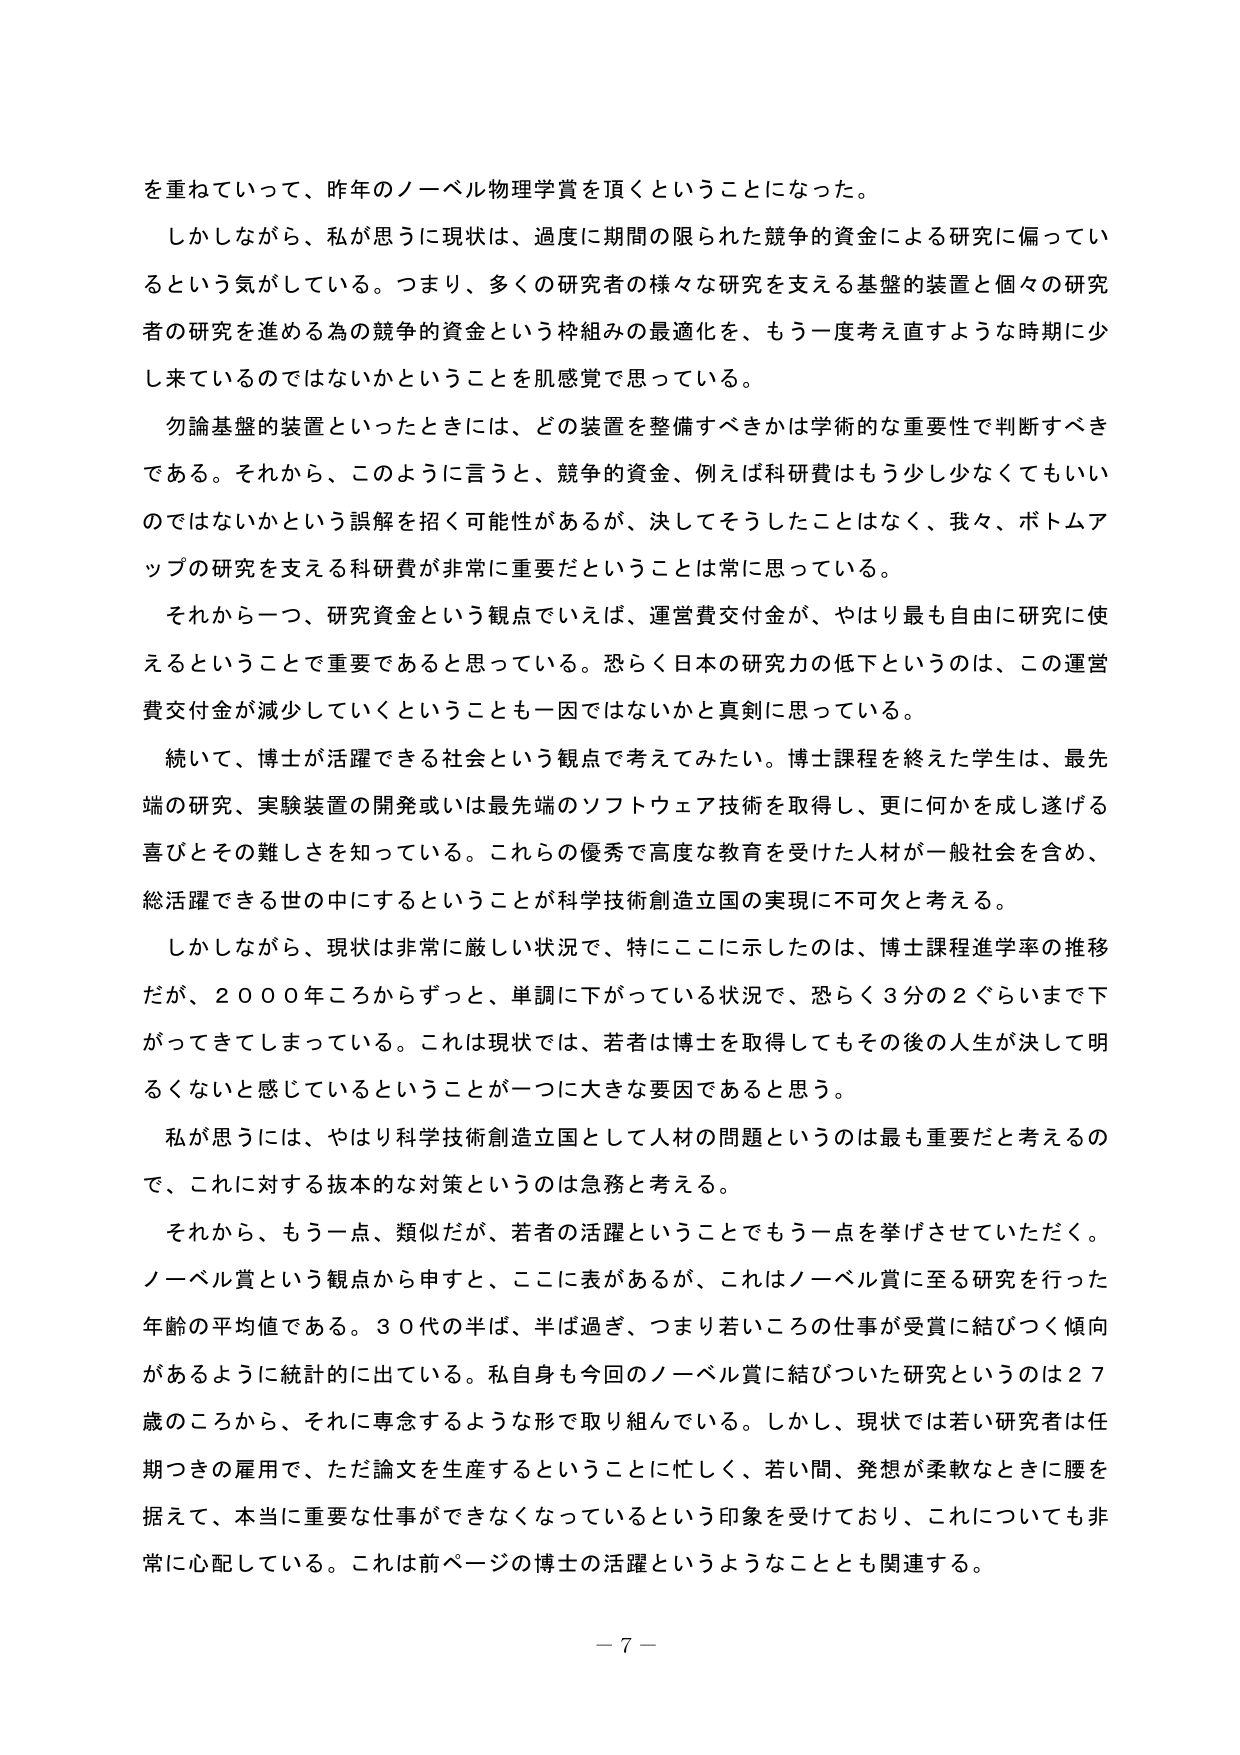
を重ねていって、昨年のノーベル物理学賞を頂くということになった。

しかしながら、私が思うに現状は、過度に期間の限られた競争的資金による研究に偏っているという気がしている。つまり、多くの研究者の様々な研究を支える基盤的装置と個々の研究者の研究を進める為の競争的資金という枠組みの最適化を、もう一度考え直すような時期に少しだけ来ているのではないかということを肌感覚で思っている。

勿論基盤的装置といったときには、どの装置を整備すべきかは学術的な重要性で判断すべきである。それから、このように言うと、競争的資金、例えば科研費はもう少し少なくてよいのではないかという誤解を招く可能性があるが、決してそうしたことはなく、我々、ボトムアップの研究を支える科研費が非常に重要だということは常に思っている。

それから一つ、研究資金という観点でいえば、運営費交付金が、やはり最も自由に研究に使えるということで重要であると思っている。恐らく日本の研究力の低下というのは、この運営費交付金が減少していくということも一因ではないかと真剣に思っている。

続いて、博士が活躍できる社会という観点で考えてみたい。博士課程を終えた学生は、最先端の研究、実験装置の開発或いは最先端のソフトウェア技術を取得し、更に何かを成し遂げる喜びとその難しさを知っている。これらの優秀で高度な教育を受けた人材が一般社会を含め、総活躍できる世の中にするということが科学技術創造立国の実現に不可欠と考える。

しかしながら、現状は非常に厳しい状況で、特にここに示したのは、博士課程進学率の推移だが、２０００年ころからずっと、単調に下がっている状況で、恐らく３分の２ぐらいまで下がってきてしまっている。これは現状では、若者は博士を取得してもその後の人生が決して明るくないと感じているということが一つに大きな要因であると思う。

私が思うには、やはり科学技術創造立国として人材の問題というのは最も重要だと考えるの で、これに対する抜本的な対策というのは急務と考える。

それから、もう一点、類似だが、若者の活躍ということでもう一点を挙げさせていただく。ノーベル賞という観点から申すと、ここに表があるが、これはノーベル賞に至る研究を行った年齢の平均値である。３０代の半ば、半ば過ぎ、つまり若いころの仕事が受賞に結びつく傾向があるように統計的に出ている。私自身も今回のノーベル賞に結びついた研究というのは２７歳のころから、それに専念するような形で取り組んでいる。しかし、現状では若い研究者は任期つきの雇用で、ただ論文を生産するということに忙しく、若い間、発想が柔軟なときに腰を据えて、本当に重要な仕事ができなくなっているという印象を受けており、これについても非常に心配している。これは前ページの博士の活躍というようなこととも関連する。

－７－